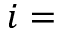
i =